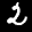
Label: 2